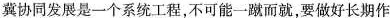
冀协同发展是一个系统工程，不可能一蹴而就，要做好长期作